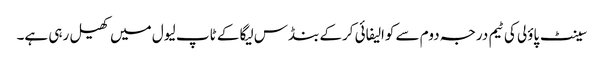
سینٹ پاؤلی کی ٹیم درجہ دوم سے کوالیفائی کرکے بنڈس لیگا کے ٹاپ لیول میں کھیل رہی ہے۔